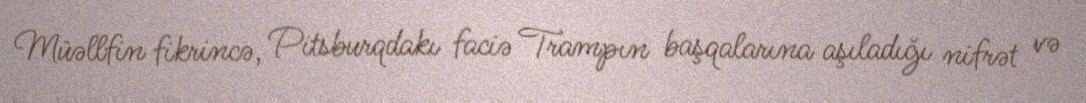
Müəllfin fikrincə, Pitsburqdakı faciə Trampın başqalarına aşıladığı nifrət və